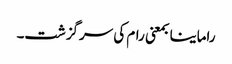
راماینا بمعنی رام کی سرگزشت۔